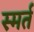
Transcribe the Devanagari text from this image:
स्मर्त